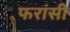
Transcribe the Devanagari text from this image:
फरांसी